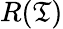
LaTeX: R(\mathfrak{T})